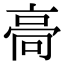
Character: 䯧